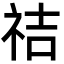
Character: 祮